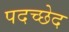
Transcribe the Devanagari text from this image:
पदच्‍छेद